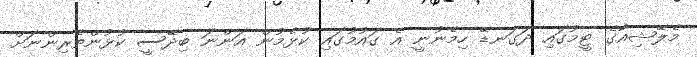
މެލޭޝިއާގެ ޓީމުގައި ދަގަނޑޭ ހިމެނުނީ އެ ގައުމުގައި ކުޅެމުން އަންނަ ބިދޭސީ ކުޅުންތެރިންނަށް